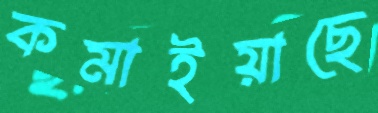
কমাইয়াছে